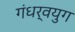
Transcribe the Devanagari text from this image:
गंधर्वयुग